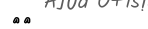
٧٦